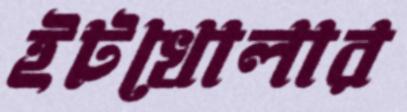
ইটখোলার